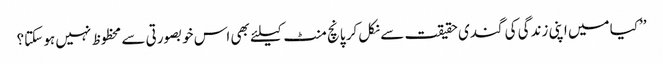
’’کیا میں اپنی زندگی کی گندی حقیقت سے نکل کر پانچ منٹ کیلئے بھی اس خوبصورتی سے محظوظ نہیں ہو سکتا؟